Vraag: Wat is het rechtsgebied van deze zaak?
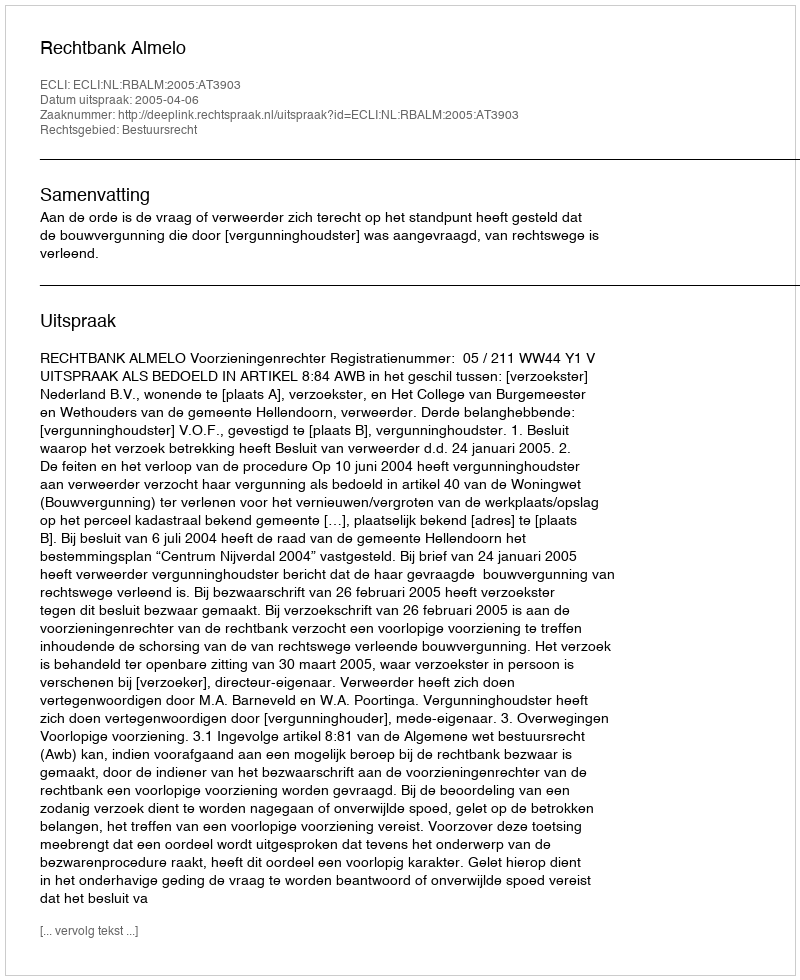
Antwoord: Bestuursrecht